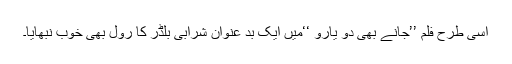
اسی طرح فلم ’’جانے بھی دو یارو ‘‘میں ایک بد عنوان شرابی بلڈر کا رول بھی خوب نبھایا۔